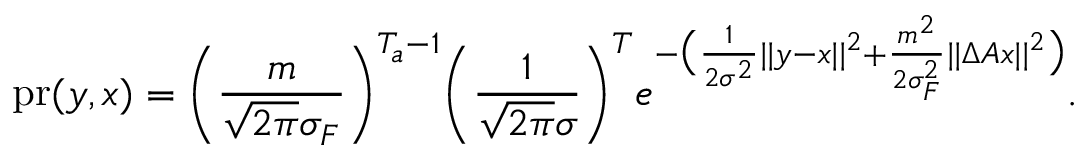
\mathrm { p r } ( y , x ) = \bigg ( \frac { m } { \sqrt { 2 \pi } \sigma _ { F } } \bigg ) ^ { T _ { a } - 1 } \bigg ( \frac { 1 } { \sqrt { 2 \pi } \sigma } \bigg ) ^ { T } e ^ { - \big ( \frac { 1 } { 2 \sigma ^ { 2 } } | | y - x | | ^ { 2 } + \frac { m ^ { 2 } } { 2 \sigma _ { F } ^ { 2 } } | | \Delta A x | | ^ { 2 } \big ) } .